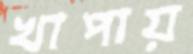
খাপায়